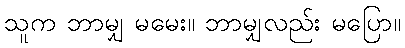
သူက ဘာမျှ မမေး။ ဘာမျှလည်း မပြော။